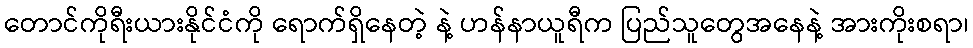
တောင်ကိုရီးယားနိုင်ငံကို ရောက်ရှိနေတဲ့ နဲ့ ဟန်နာယူရီက ပြည်သူတွေအနေနဲ့ အားကိုးစရာ၊